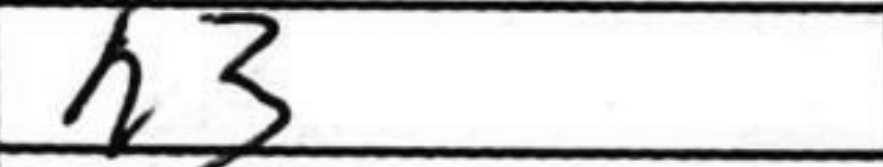
Transcription: h3